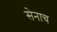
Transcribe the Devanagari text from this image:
सेनाच